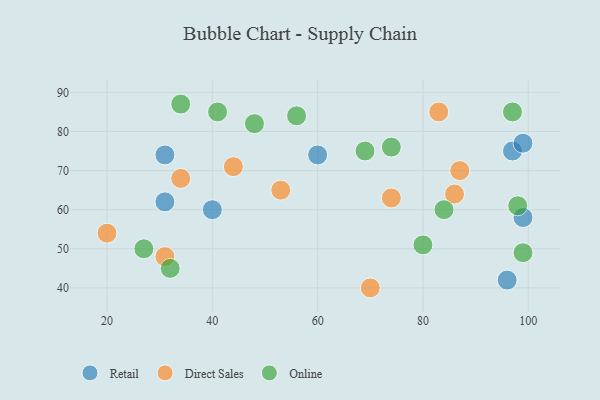
{"axis": {"x": "GDP", "y": "Life Expectancy"}, "legend": ["Direct Sales", "Online", "Retail"], "data": [{"x": "97", "y": 75, "type": "Retail"}, {"x": "96", "y": 42, "type": "Retail"}, {"x": "31", "y": 62, "type": "Retail"}, {"x": "60", "y": 74, "type": "Retail"}, {"x": "31", "y": 74, "type": "Retail"}, {"x": "40", "y": 60, "type": "Retail"}, {"x": "99", "y": 77, "type": "Retail"}, {"x": "99", "y": 58, "type": "Retail"}, {"x": "70", "y": 40, "type": "Direct Sales"}, {"x": "86", "y": 64, "type": "Direct Sales"}, {"x": "20", "y": 54, "type": "Direct Sales"}, {"x": "74", "y": 63, "type": "Direct Sales"}, {"x": "31", "y": 48, "type": "Direct Sales"}, {"x": "83", "y": 85, "type": "Direct Sales"}, {"x": "87", "y": 70, "type": "Direct Sales"}, {"x": "53", "y": 65, "type": "Direct Sales"}, {"x": "34", "y": 68, "type": "Direct Sales"}, {"x": "44", "y": 71, "type": "Direct Sales"}, {"x": "32", "y": 45, "type": "Online"}, {"x": "80", "y": 51, "type": "Online"}, {"x": "99", "y": 49, "type": "Online"}, {"x": "84", "y": 60, "type": "Online"}, {"x": "98", "y": 61, "type": "Online"}, {"x": "41", "y": 85, "type": "Online"}, {"x": "48", "y": 82, "type": "Online"}, {"x": "27", "y": 50, "type": "Online"}, {"x": "69", "y": 75, "type": "Online"}, {"x": "56", "y": 84, "type": "Online"}, {"x": "34", "y": 87, "type": "Online"}, {"x": "74", "y": 76, "type": "Online"}, {"x": "97", "y": 85, "type": "Online"}]}